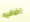
اضافيه